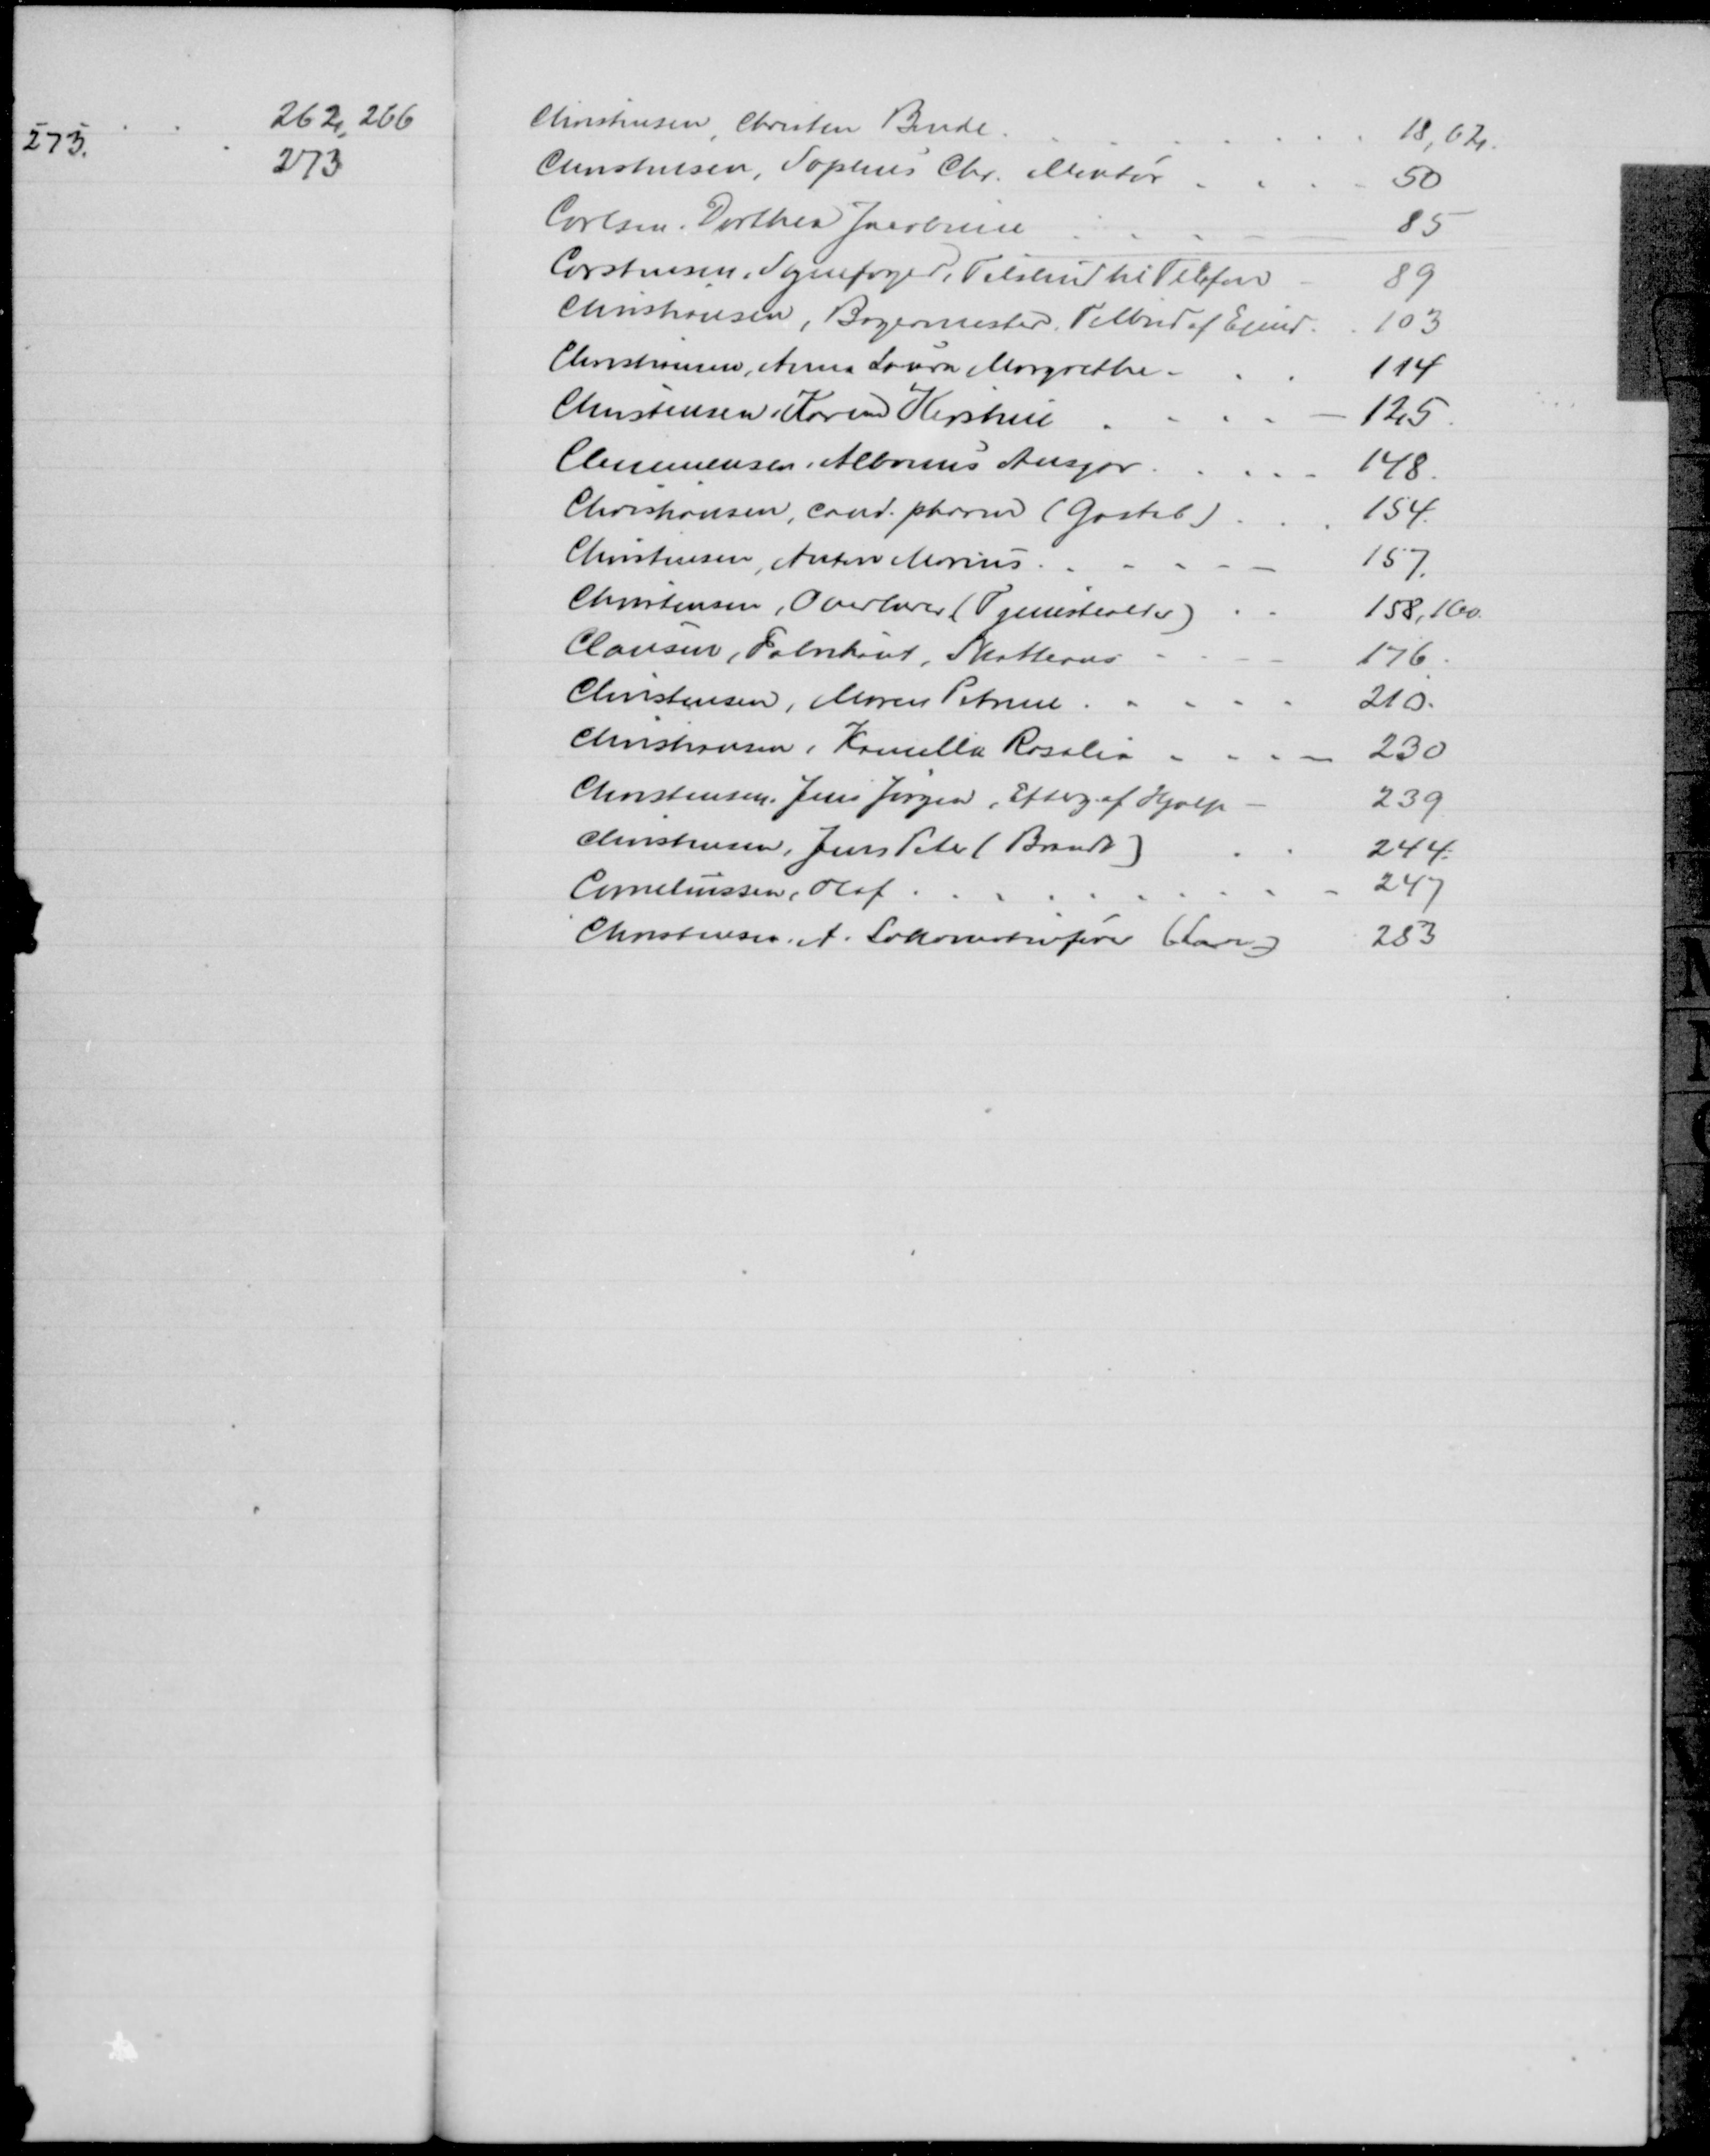
Transskription:
Christensen Christen Bende
18, 62
Christensen, Sophus Chr. Montør
50
Carlsen, Dorthea Jacobine
85
Carstensen, Sognefoged, Tilskud til Telefon
89
Christiansen, Bagermester, Tilbud af Ejend.
103
Christiansen, Anna Laura Margrethe
114
Christensen, Karen Kirstine
125
Clemmensen Albinus Ansgar
148
Christiansen, cand. pharm (Gastil)
154
Christensen, Anton Marius
157
Christensen, Overlærer (Tjenestealder)
158,160
Clausen, Fabrikant, Skatteans
176
Christensen, Maren Petrine
210
Christiansen, Kamilla Rosalia
230
Christensen, Jens Jørgen, Efterg. af Hjælp
239
Christensen, Jens Peter (Brandt)
244
Corneliussen, Olaf
247
Christensen, A. Lokomotivfører (Laan)
283